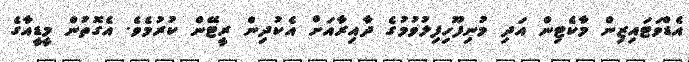
އެޑްވަޓައިޒިން މާކެޓިން އަދި މުނިފޫހިފިލުވުމުގެ ދާއިރާއަށް އެކުދިން ރީޓޭން ކުރުމެވެ. އެގޮތުން މީޑީއާގެ